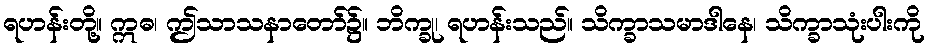
ရဟန်းတို့။ ဣဓ၊ ဤသာသနာတော်၌။ ဘိက္ခု၊ ရဟန်းသည်။ သိက္ခာသမာဒါနေ၊ သိက္ခာသုံးပါးကို